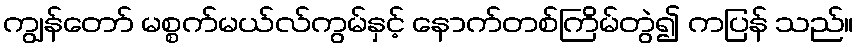
ကျွန်တော် မစ္စက်မယ်လ်ကွမ်နှင့် နောက်တစ်ကြိမ်တွဲ၍ ကပြန် သည်။